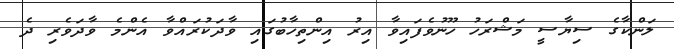
ލަންކާގެ ސިޔާސީ މަޝްރަހު ހޫނުވެފައިވާ އިރު އިންތިހާބުގައި ވާދަކުރައްވާ އެންމެ ވާދަވެރި ދެ